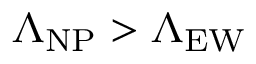
\Lambda _ { \mathrm { N P } } > \Lambda _ { \mathrm { E W } }